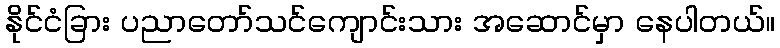
နိုင်ငံခြား ပညာတော်သင်ကျောင်းသား အဆောင်မှာ နေပါတယ်။